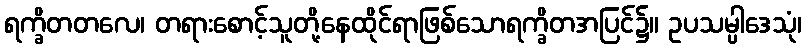
ရက္ခိတတလေ၊ တရားစောင့်သူတို့နေထိုင်ရာဖြစ်သောရက္ခိတအပြင်၌။ ဥပသမ္ပါဒေသုံ၊